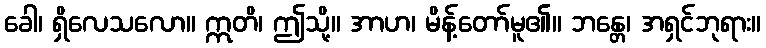
ခေါ၊ ရှိလေသလော။ ဣတိ၊ ဤသို့။ အာဟ၊ မိန့်တော်မူ၏။ ဘန္တေ၊ အရှင်ဘုရား။